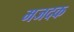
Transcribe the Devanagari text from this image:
मजदक